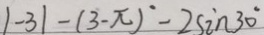
\vert - 3 \vert - ( 3 - \pi ) ^ { \circ } - 2 \sin 3 0 ^ { \circ }